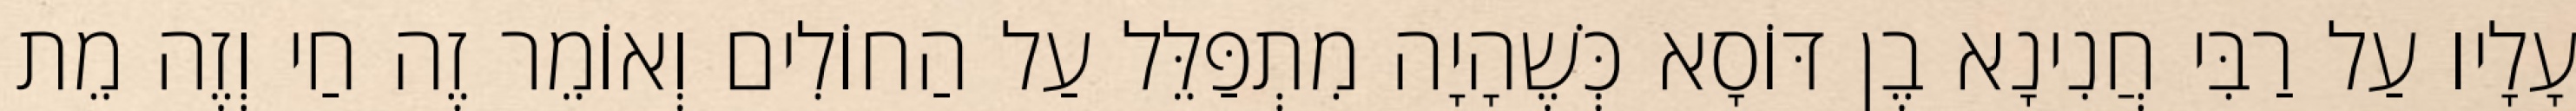
עָלָיו עַל רַבִּי חֲנִינָא בֶן דּוֹסָא כְּשֶׁהָיָה מִתְפַּלֵּל עַל הַחוֹלִים וְאוֹמֵר זֶה חַי וְזֶה מֵת